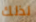
لذلك